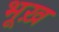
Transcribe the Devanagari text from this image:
भूख़